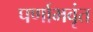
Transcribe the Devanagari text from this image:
पर्णाभवृंत